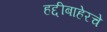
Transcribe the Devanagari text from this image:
हद्दीबाहेरचे